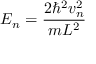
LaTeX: E _ { n } = { \frac { 2 \hbar ^ { 2 } v _ { n } ^ { 2 } } { m L ^ { 2 } } }